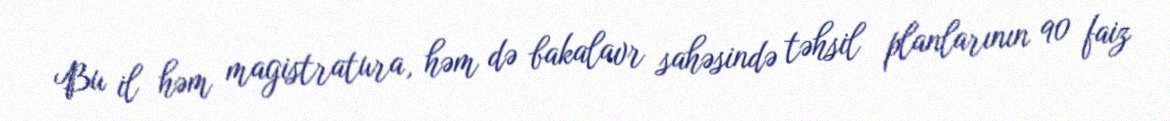
Bu il həm magistratura, həm də bakalavr sahəsində təhsil planlarının 90 faiz